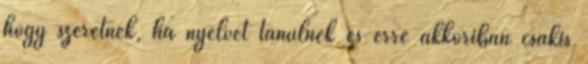
hogy szeretnék, ha nyelvet tanulnék és erre akkoriban csakis